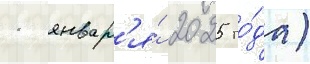
1 январ'я́ 2025 го́да)